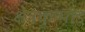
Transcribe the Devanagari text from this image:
क्षेत्रकुष्मांड